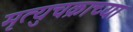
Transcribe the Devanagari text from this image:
मृत्युचक्राच्या